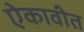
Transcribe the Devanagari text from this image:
ऐकावीत